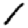
Digit: 1